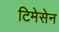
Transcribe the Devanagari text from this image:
टिमेसेन